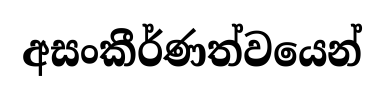
අසංකීර්ණත්වයෙන්